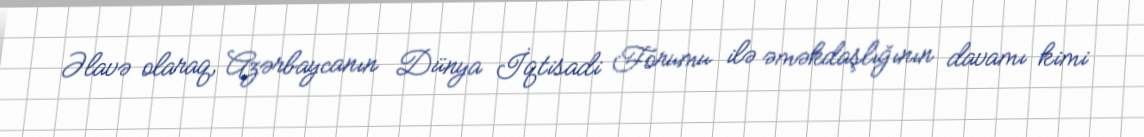
Əlavə olaraq, Azərbaycanın Dünya İqtisadi Forumu ilə əməkdaşlığının davamı kimi